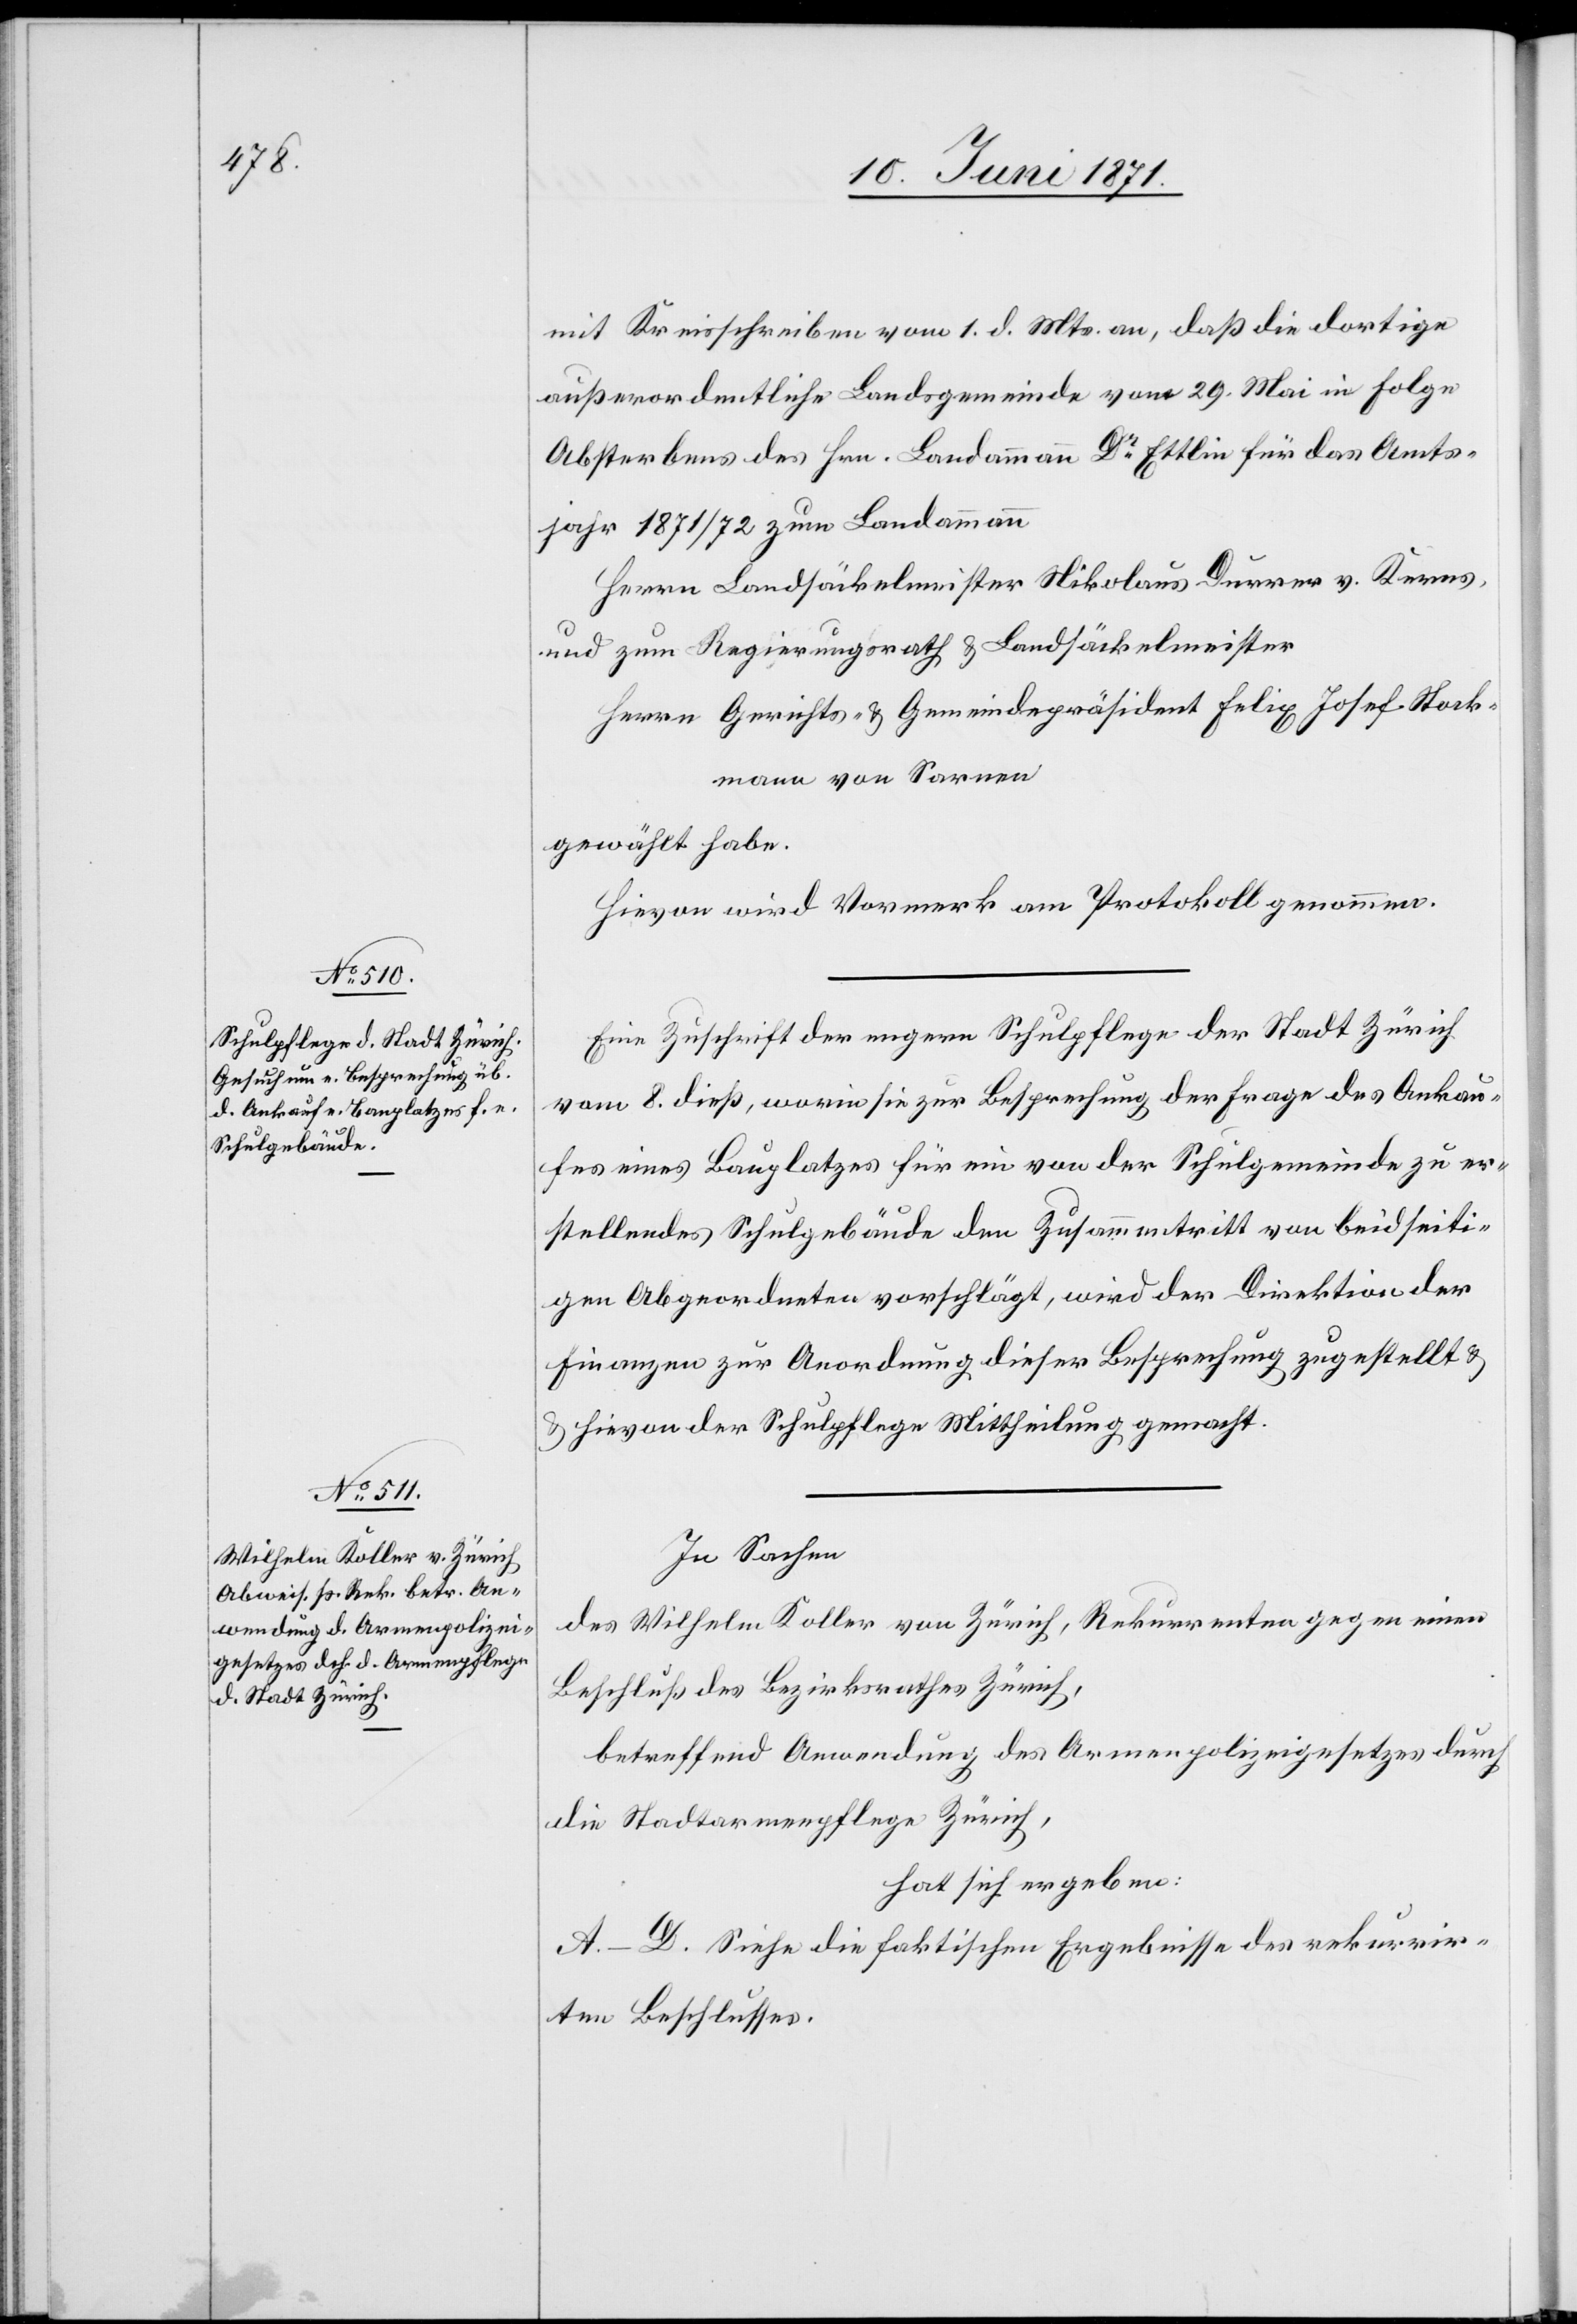
mit Kreisschreiben vom 1. d. Mts. an, daß die dortige
außerordentliche Landsgemeinde vom 29. Mai in Folge
Absterbens des Hrn. Landammann Dr. Ettlin für das Amts¬
jahr 1871/72 zum Landammann
Herrn Landsäckelmeister Nikolaus Durrer v. Kerns,
und zum Regierungsrath u. Landsäckelmeister
Herrn Gerichts- u. Gemeindepräsident Felix Josef Stock¬
mann von Sarnen
gewählt habe.
Hievon wird Vormerk am Protokoll genommen.
Eine Zuschrift der engern Schulpflege der Stadt Zürich
vom 8. dieß, worin sie zur Besprechung der Frage des Ankau¬
fes eines Bauplatzes für ein von der Schulgemeinde zu er¬
stellendes Schulgebäude den Zusammentritt von beidseiti¬
gen Abgeordneten vorschlägt, wird der Direktion der
Finanzen zur Anordnung dieser Besprechung zugestellt u.
hievon der Schulpflege Mittheilung gemacht.
In Sachen
des Wilhelm Koller von Zürich, Rekurrenten gegen einen
Beschluß des Bezirksrath Zürich,
betreffend Anwendung des Armenpolizeigesetzes durch
die Stadtarmenpflege Zürich,
hat sich ergeben:
A.–D. Siehe die faktischen Ergebnisse des rekurrir¬
ten Beschlusses.